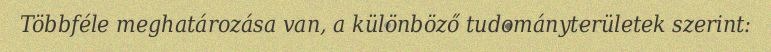
Többféle meghatározása van, a különböző tudományterületek szerint: